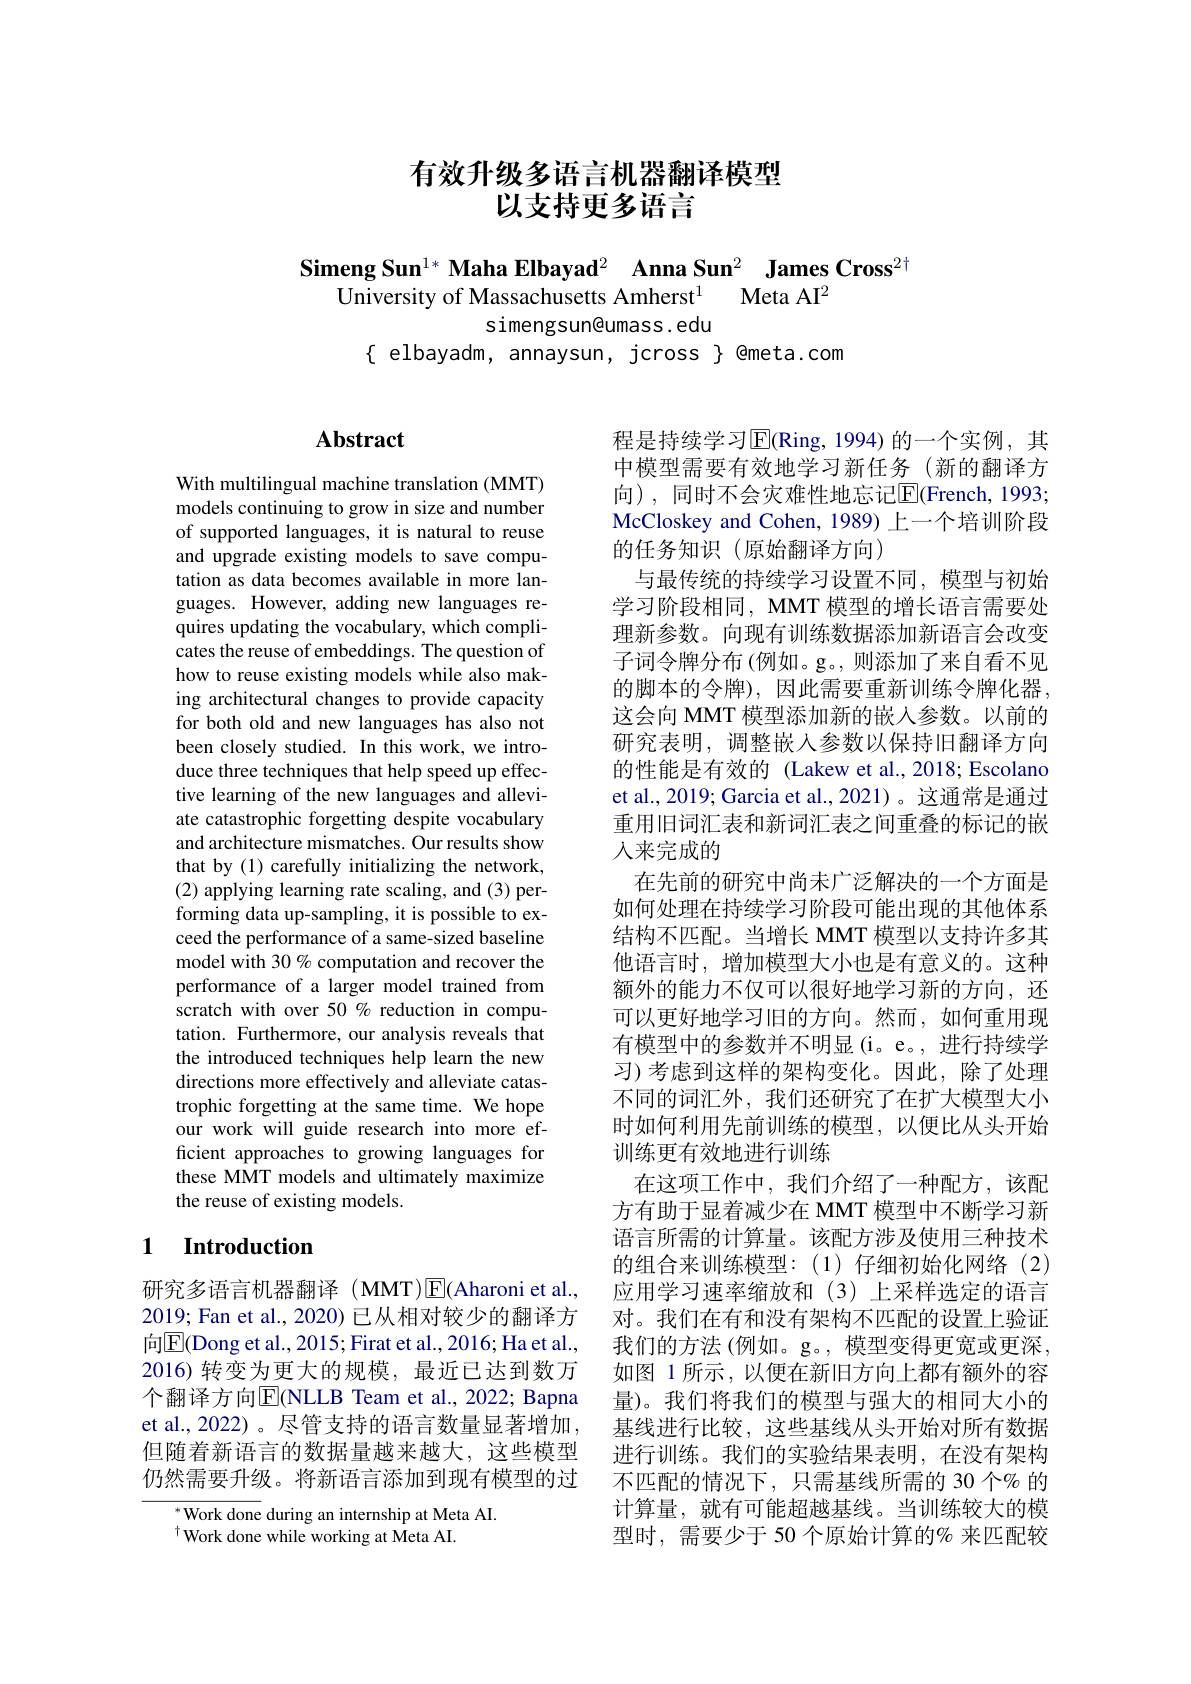
# 有效升级多语言机器翻译模型以支持更多语言

Simeng Sun$^{1* }\textbf{ Maha Elbayad}^2$ $\textbf{Anna Sun}^2$ $\textbf{James Cross}^{2\dagger }$
University of Massachusetts Amherst$^1$ Meta AI$^2$
simengsun@umass . edu
$\{$ elbayadm, annaysun, jcross $\}$ @meta.com

# Abstract

With multilingual machine translation (MMT) models continuing to grow in size and number of supported languages, it is natural to reuse and upgrade existing models to save computation as data becomes available in more languages. However, adding new languages requires updating the vocabulary, which complicates the reuse of embeddings. The question of how to reuse existing models while also making architectural changes to provide capacity for both old and new languages has also not been closely studied. In this work, we introduce three techniques that help speed up effective learning of the new languages and alleviate catastrophic forgetting despite vocabulary and architecture mismatches. Our results show that by (1) carefully initializing the network, (2) applying learning rate scaling, and (3) performing data up-sampling, it is possible to exceed the performance of a same-sized baseline model with 30 % computation and recover the performance of a larger model trained from scratch with over 50 % reduction in computation. Furthermore, our analysis reveals that the introduced techniques help learn the new directions more effectively and alleviate catastrophic forgetting at the same time. We hope our work will guide research into more efficient approaches to growing languages for these MMT models and ultimately maximize the reuse of existing models.

### 1 $\textbf{Introduction}$

研究多语言机器翻译(MMT)E(Aharoni et al., 2019; Fan et al., 2020) 已从相对较少的翻译方向$\boxed{\mathrm{E}}$(Dong et al.,2015; Firat et al., 2016; Ha et al., 2016)转变为更大的规模，最近已达到数万个翻译方向$\overline{\mathrm{E}}($NLLB Team et al.,2022; Bapna et al., 2022)。尽管支持的语言数量显著增加但随着新语言的数据量越来越大，这些模型仍然需要升级。将新语言添加到现有模型的过

$^{*}$Work done during an internship at Meta AI.
$^{\dagger}$Work done while working at Meta AI.

程是持续学习$\overline{\mathrm{E}}($Ring,1994)的一个实例，其中模型需要有效地学习新任务(新的翻译方向), 同时不会灾难性地忘记$\overline{\mathrm{E}}($French, 1993; McCloskey and Cohen, 1989) 上一个培训阶段的任务知识(原始翻译方向)
与最传统的持续学习设置不同，模型与初始学习阶段相同，MMT 模型的增长语言需要处理新参数。向现有训练数据添加新语言会改变子词令牌分布 (例如。g。, 则添加了来自看不见的脚本的令牌),因此需要重新训练令牌化器， 这会向 MMT 模型添加新的嵌入参数。以前的研究表明，调整嵌入参数以保持旧翻译方向的性能是有效的 (Lakew et al.,2018; Escolano et al., 2019; Garcia et al., 2021)。这通常是通过重用旧词汇表和新词汇表之间重叠的标记的嵌人来完成的
在先前的研究中尚未广泛解决的一个方面是如何处理在持续学习阶段可能出现的其他体系结构不匹配。当增长 MMT 模型以支持许多其他语言时，增加模型大小也是有意义的。这种额外的能力不仅可以很好地学习新的方向，还可以更好地学习旧的方向。然而，如何重用现有模型中的参数并不明显(i。e。,进行持续学习)考虑到这样的架构变化。因此，除了处理不同的词汇外，我们还研究了在扩大模型大小时如何利用先前训练的模型，以便比从头开始训练更有效地进行训练
在这项工作中，我们介绍了一种配方，该配方有助于显着减少在 MMT 模型中不断学习新语言所需的计算量。该配方涉及使用三种技术的组合来训练模型：(1)仔细初始化网络(2) 应用学习速率缩放和(3)上采样选定的语言对。我们在有和没有架构不匹配的设置上验证我们的方法(例如。g。,模型变得更宽或更深， 如图 1 所示 , 以便在新旧方向上都有额外的容量)。我们将我们的模型与强大的相同大小的基线进行比较，这些基线从头开始对所有数据进行训练。我们的实验结果表明，在没有架构不匹配的情况下，只需基线所需的 30 个% 的计算量，就有可能超越基线。当训练较大的模型时，需要少于 50 个原始计算的% 来匹配较